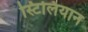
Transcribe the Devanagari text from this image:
स्टिलियान